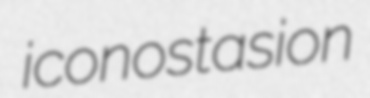
iconostasion